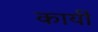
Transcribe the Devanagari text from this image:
कार्यी